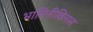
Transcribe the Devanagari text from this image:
भामिनीविलास